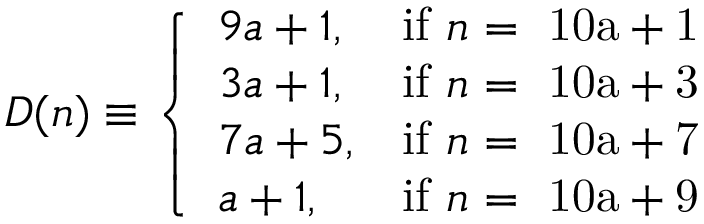
D ( n ) \equiv { \left\{ \begin{array} { l l } { 9 a + 1 , } & { { \mathrm { i f ~ } } n { \mathrm { ~ = ~ 1 0 a + 1 } } } \\ { 3 a + 1 , } & { { \mathrm { i f ~ } } n { \mathrm { ~ = ~ 1 0 a + 3 } } } \\ { 7 a + 5 , } & { { \mathrm { i f ~ } } n { \mathrm { ~ = ~ 1 0 a + 7 } } } \\ { a + 1 , } & { { \mathrm { i f ~ } } n { \mathrm { ~ = ~ 1 0 a + 9 } } } \end{array} \right. }